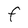
Character: F